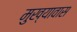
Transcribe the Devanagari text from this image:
मुख्यावास